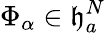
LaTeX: \Phi_{\alpha}\in\mathfrak{h}_{a}^{N}